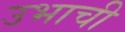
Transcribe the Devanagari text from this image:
उभाची